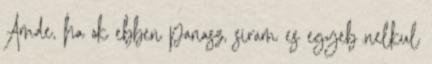
Amde, ha ok ebben panasz, siram es egyeb nelkul